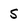
Character: S